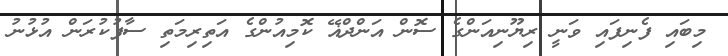
މިބައި ފެނިފައި ވަނީ ރިޔޫނިއަންގެ ސޮން އަންދްޣޭ ކޮމިއުންގެ އަތިރިމަތި ސާފުކުރަން އުޅުނު